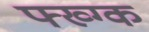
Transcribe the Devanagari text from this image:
फ्ख्ग्क